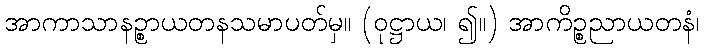
အာကာသာနဉ္စာယတနသမာပတ်မှ။ (ဝုဋ္ဌာယ၊ ၍။) အာကိဉ္စညာယတနံ၊